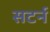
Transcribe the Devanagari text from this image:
सटर्न